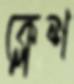
ক্লেশ